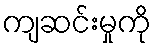
ကျဆင်းမှုကို